Leaving Certificate Examination (including Day School Certificate (Higher) General paper), 1936
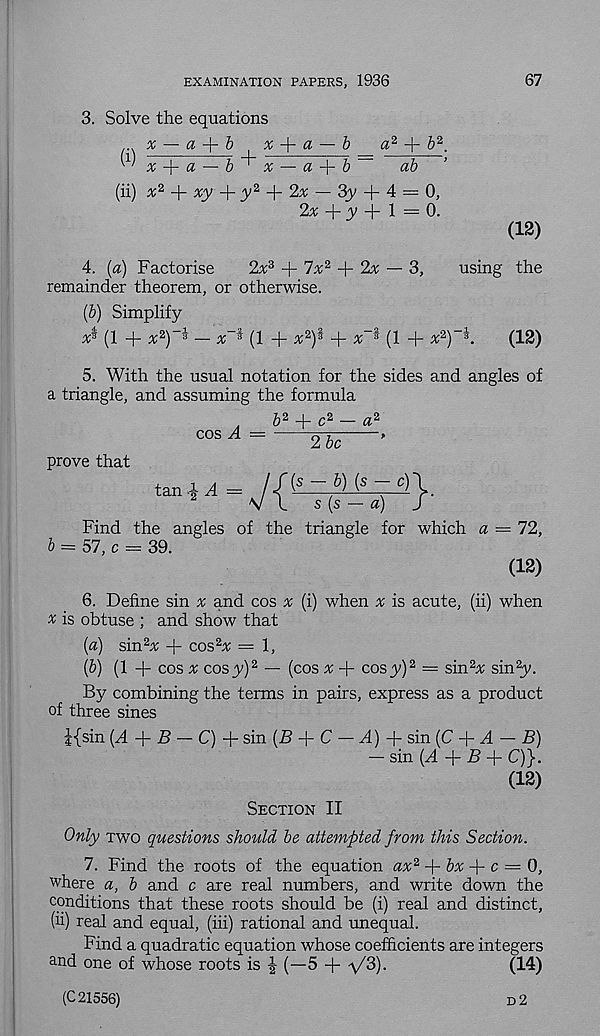
EXAMINATION PAPERS, 1936
67
3. Solve the equations
x — a 4- b
x 4- a
(!) ,v' "7' ^
-/, +
b
a 2 + 6 2 .
x-^a — b'x — a + b
ab
(ii) x 2 + xy + jy 2 + 2x — 3y + 4 = 0,
2^; + 3; + 1 ^ 0.
(12)
4. (a) Factorise
2x^ + lx 2 + 2% ~ 3,
using the
remainder theorem, or otherwise.
{b) Simplify
x^ (1 + x 2 y$ — x~^ (1 + x’xf + x~* s (1 + x 2 )-*.
(12)
5. With the usual notation for the sides and angles of
a triangle, and assuming the formula
b 2
c 2 — a 2
cosA =
26i
prove that
‘“f
Find the angles of the triangle for which a = 72,
b ~ 57, c = 39.
(12)
6. Define sin ^ and cos a; (i) when a; is acute, (ii) when
x is obtuse ; and show that
{a) sin 2 A; + cos 2 a; = 1,
(b) (1 -j- cos a: cosy) 2 — (cos a; + cosy) 2 = sin 2 A; sin 2 y.
By combining the terms in pairs, express as a product
of three sines
|{sin (^4 + -B — C) + sin (B + C ■ — .4) + sin (C -f- ^4 — B)
— sin (^4 + B + C)}.
(12)
Section II
Only two questions should be attempted from this Section.
7. Find the roots of the equation ax 2
bx + c = 0,
where a, b and c are real numbers, and write down the
conditions that these roots should be (i) real and distinct,
(ii) real and equal, (iii) rational and unequal.
Find a quadratic equation whose coefficients are integers
and one of whose roots is | (—5 + yffi).
(14)
(C 21556)
d2